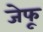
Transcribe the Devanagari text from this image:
जेफू